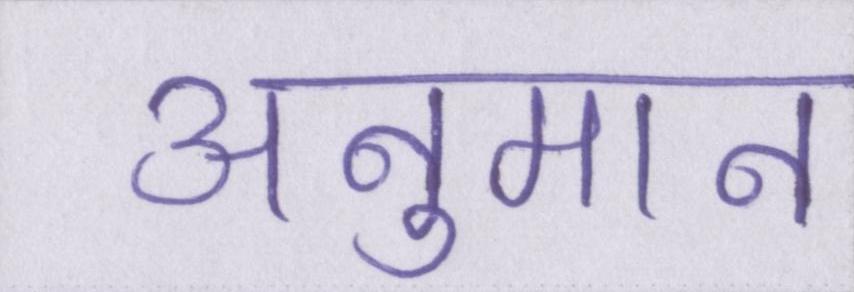
अनुमान